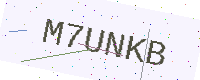
Text: M7UNKB